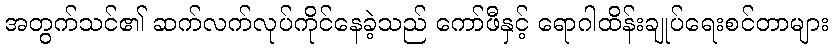
အတွက်သင်၏ ဆက်လက်လုပ်ကိုင်နေခဲ့သည် ကော်ဖီနှင့် ရောဂါထိန်းချုပ်ရေးစင်တာများ